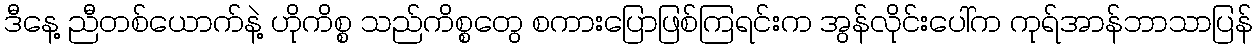
ဒီနေ့ ညီတစ်ယောက်နဲ့ ဟိုကိစ္စ သည်ကိစ္စတွေ စကားပြောဖြစ်ကြရင်းက အွန်လိုင်းပေါ်က ကုရ်အာန်ဘာသာပြန်